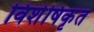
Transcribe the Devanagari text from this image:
विशेषिकृत